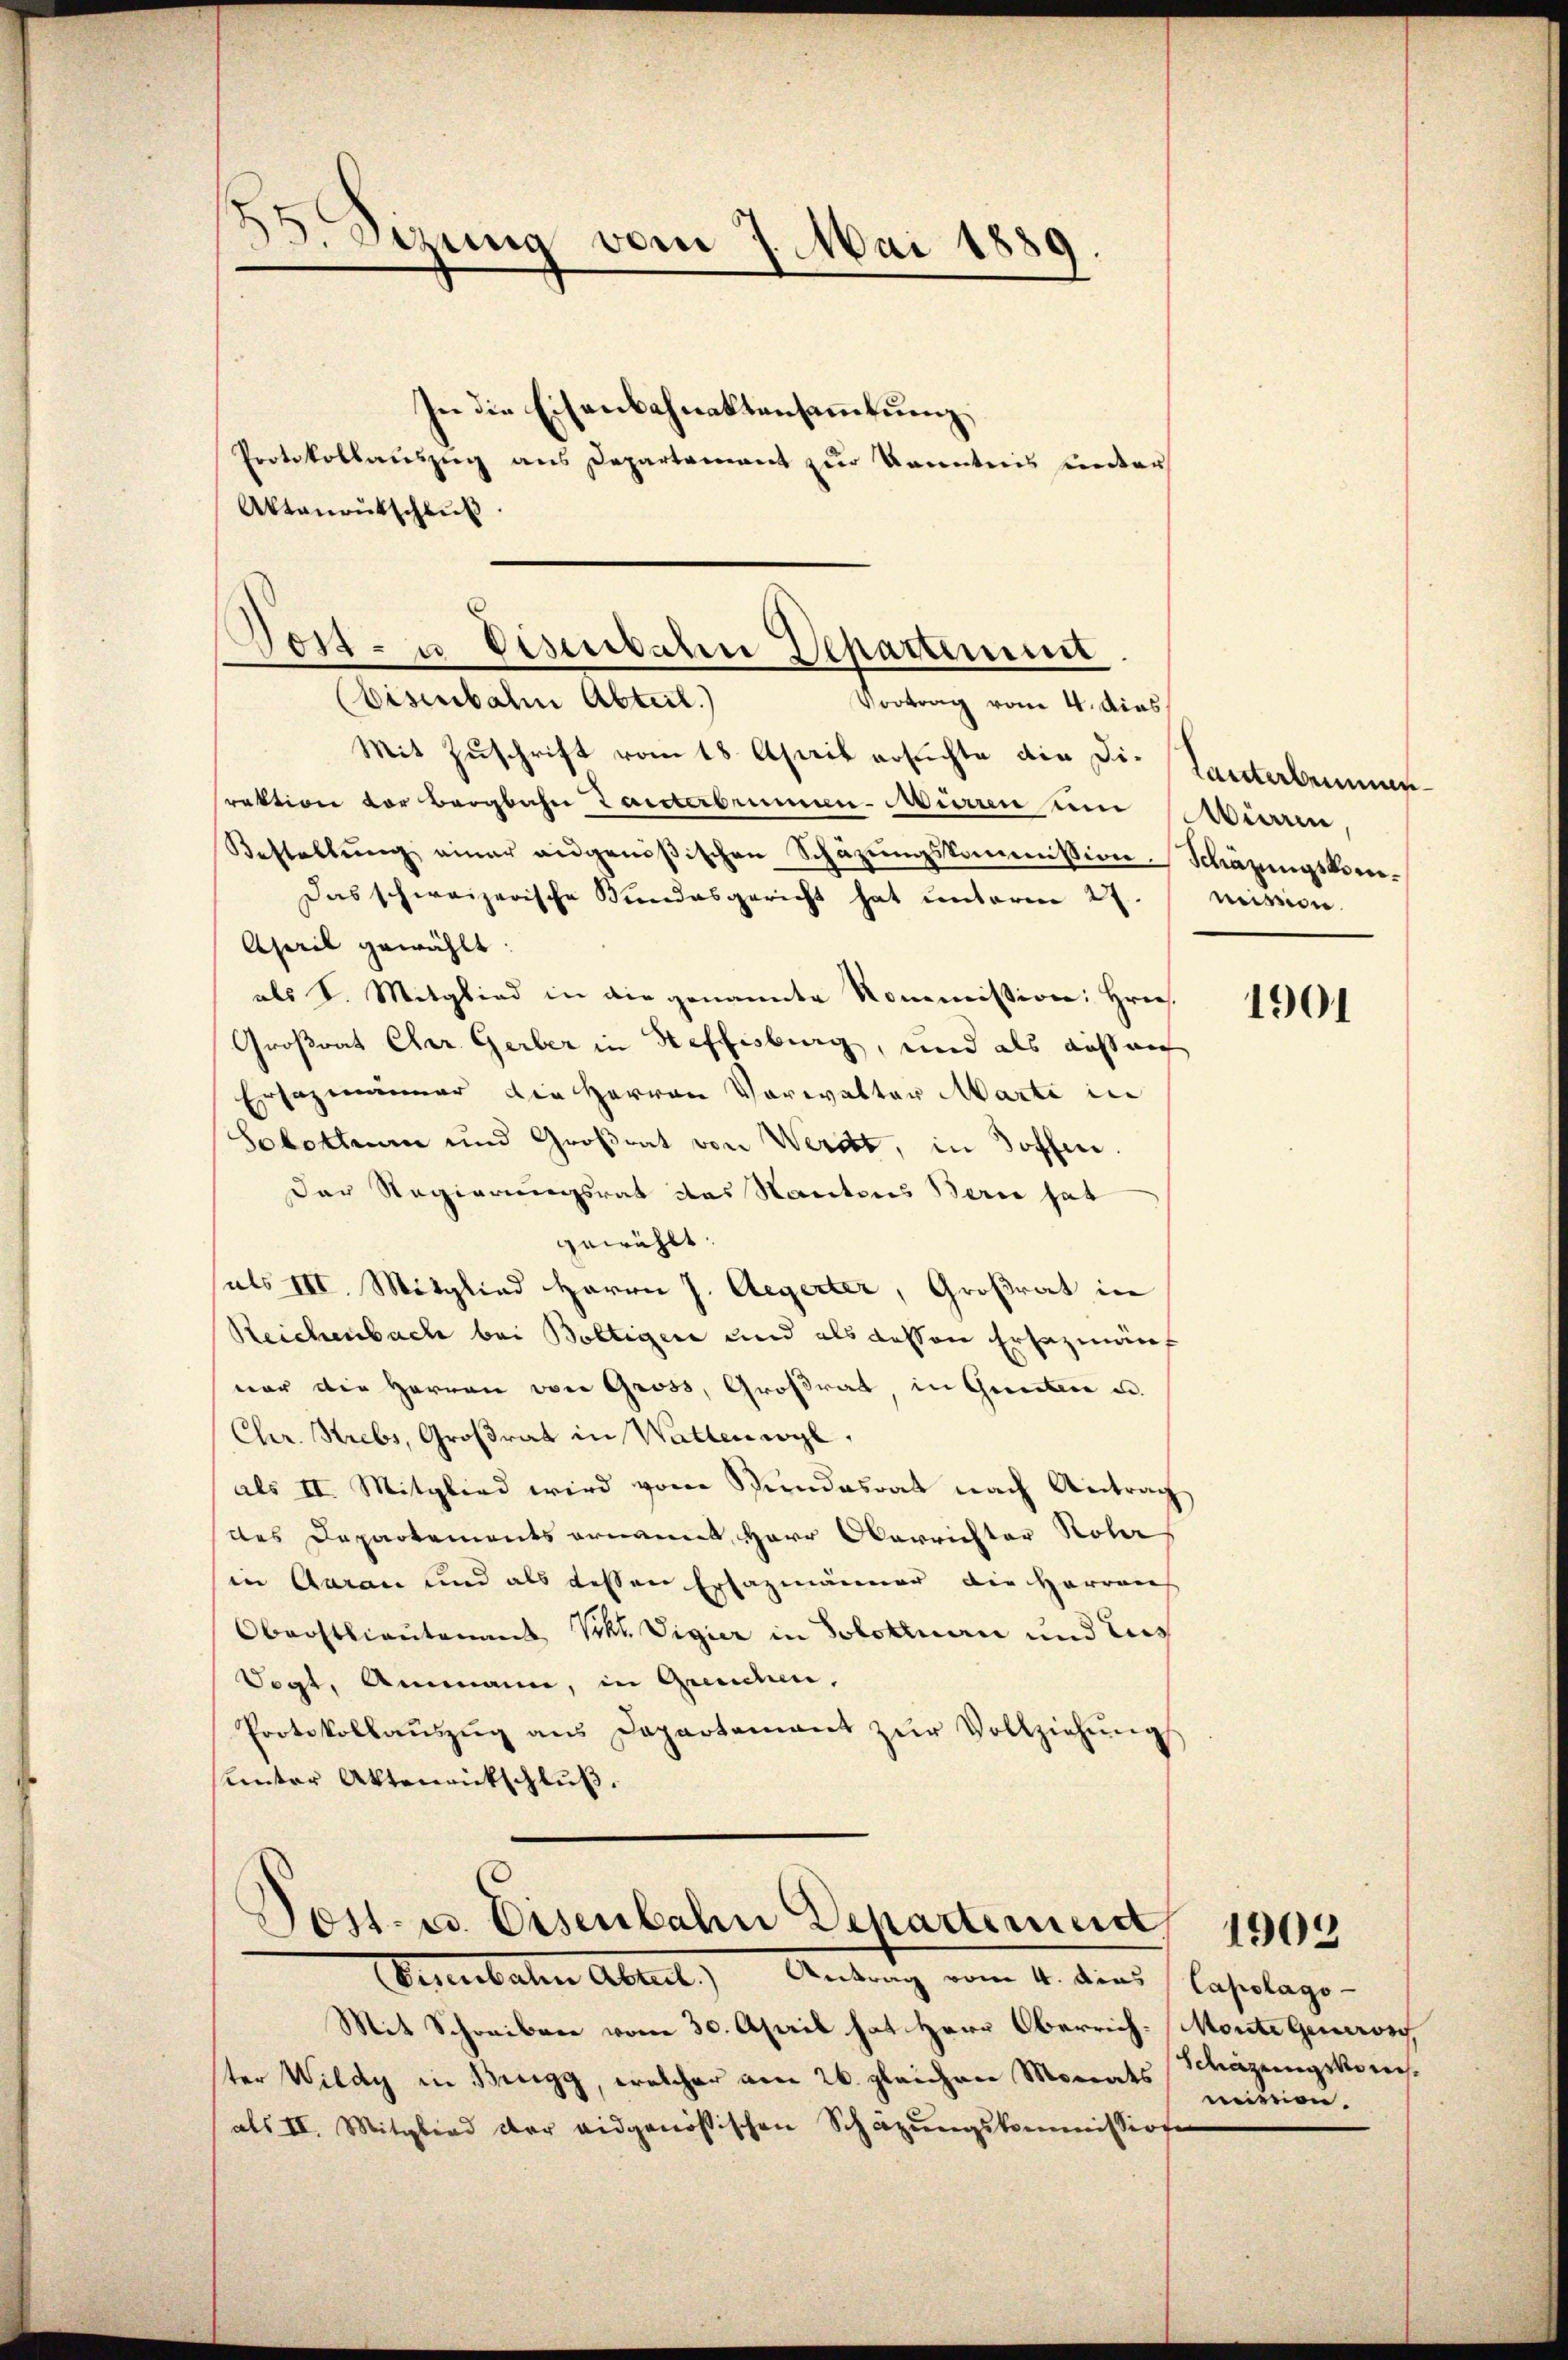
35. Sizung vom 7. Mai 1889.

Aktanoŭtschlŭβ

In die Eisenbahnaktensammlung
Protokollauszug aus Departement zur Kenntnis unter

Post- u Eisenbahn Departium

Post. u. Eisenbahn Departemen 1909
Similaten Abreit.) Antrag vom 4. ders Casslage-

(Eisenbahn Abteil)
Vortrag vom 4. dies
Mit Zuschrift vom 18. April ersuchte die Die Lanterbenenrektion vor bergliche Tanterbrunnen-Mürren um Wiene,
Bestellŭng einer angenößischen Schäzŭngskommission. Schäzungskom¬
Das schweizerische Kundesgericht hat ŭnterm 27.   mission.
April gewählt:
als I. Mitglied in die genannte Kommission: Hrn.
Großrat Cher. Gerber in Heffisburg, und als aussen
Ersezmänner die Herren Vorwalter Marte in
Solothurn und Großrat von Werdt, in Hoffen.
Der Regierungsrat des Kantons Berne hat
gewählt.
sals III. Mitglied Herrn J. Aegerter, Großrat in
Reichenbach bei Boltigen und als dessen Ersezmäuf
vor die Herren von Gross, Großrat, in Gunter u.
Chr. Strebs, Großrat in Waltenwyl,
als II. Mitglied wird vom Stundesrat nach Antrag
des Departements ernannt Herr Oberrichter Rohr
in Garan und als bessen Erfazmänner die Herren
Oberstlieutenant Vrkt. Vigier in Solotinen und Zus
Sogt, Ammann, in Gunden,
Protokollaŭszŭg ans Departement zŭr Vollziehŭng
unter Aktenrückschluß.

Mit Schreiben vom 30. April hat Herr Oberrich. Monte Generon
ter Wildy in Brugg, welcher am 26. gleichen Monats Schäzungskomals II. Mitglied der eidgenössischen Schazungskommissione

1901

weiben.